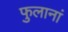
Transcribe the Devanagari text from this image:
फुलानां